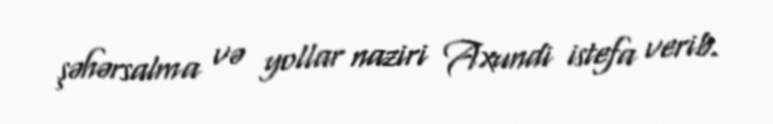
şəhərsalma və yollar naziri Axundi istefa verib.